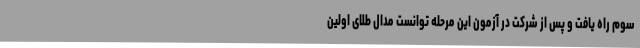
سوم راه یافت و پس از شرکت در آزمون این مرحله توانست مدال طلای اولین